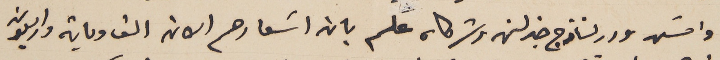
وامسَ ورد لنازج خبرلن وشركاه علم بان اسَعارهم الان الف وماية واربعون